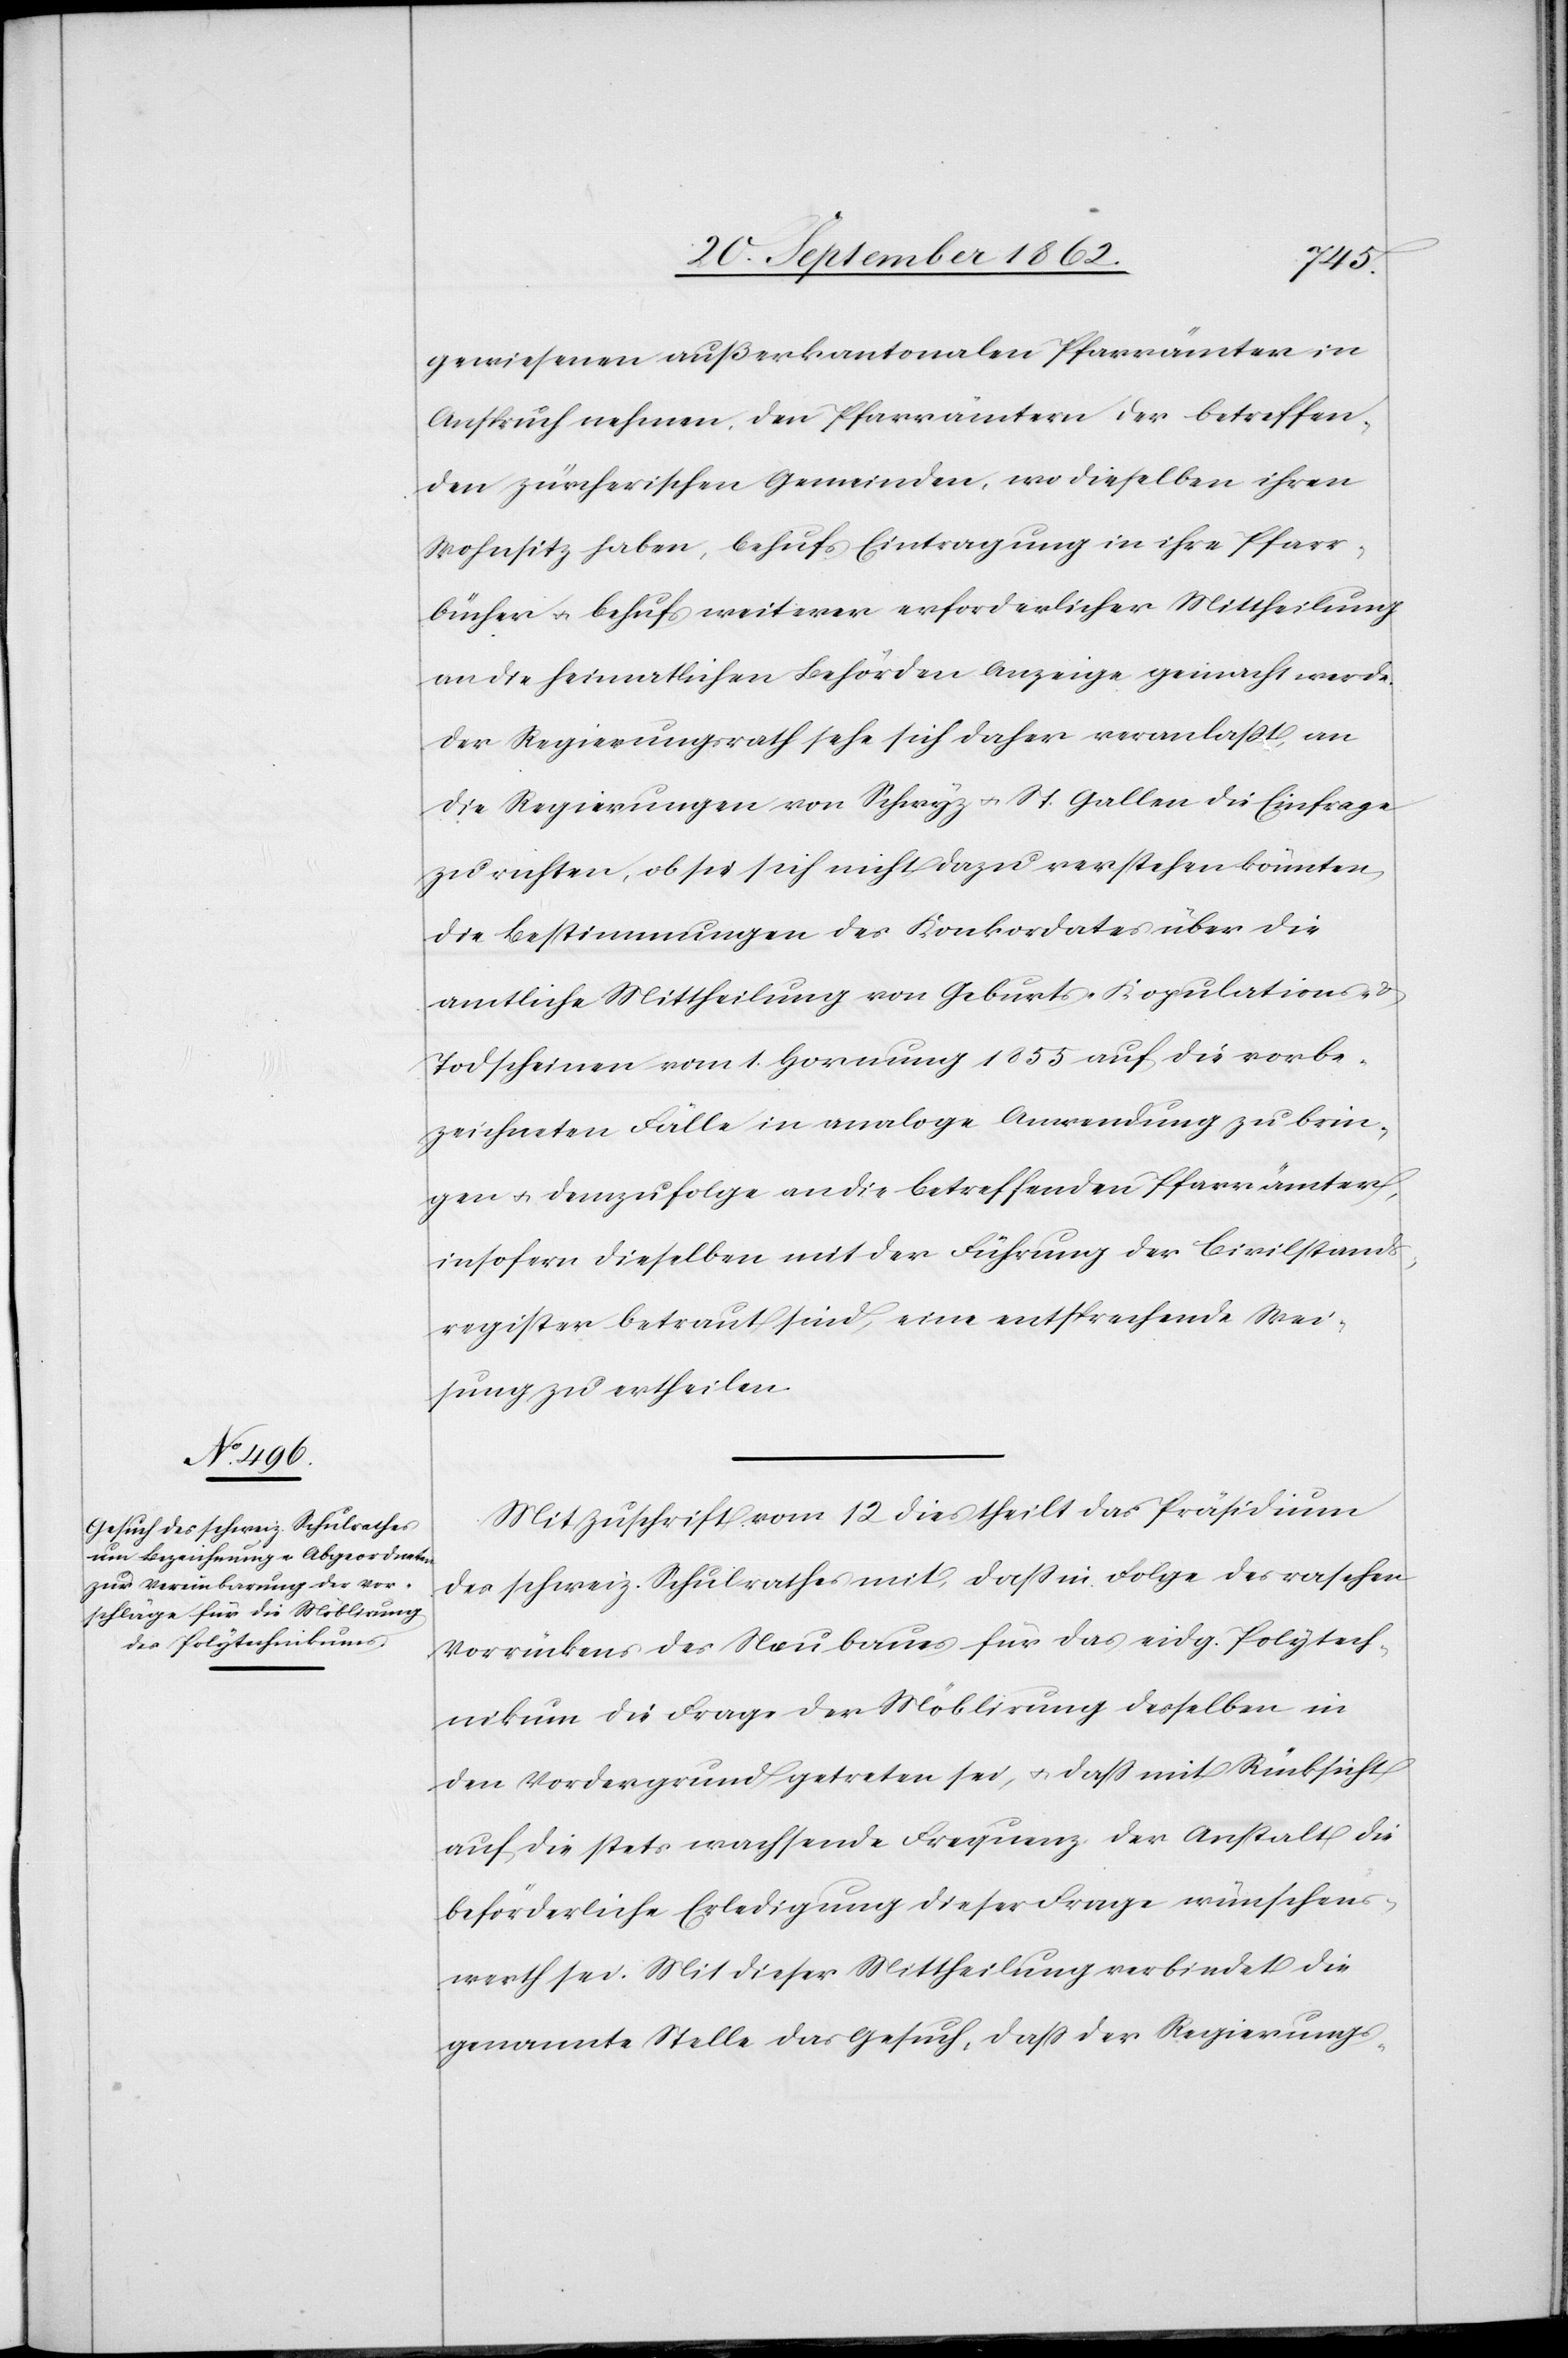
gewiesenen außerkantonalen Pfarrämter in
Anspruch nehmen, den Pfarrämtern der betreffen¬
den zürcherischen Gemeinden, wo dieselben ihren
Wohnsitz haben, behufs Eintragung in ihre Pfarr¬
bücher u. behufs weiterer erforderlicher Mittheilung
an die heimatlichen Behörden Anzeige gemacht werde.
Der Regierungsrath sehe sich daher veranlaßt, an
die Regierungen von Schwyz u. St. Gallen die Einfrage
zu richten, ob sie sich nicht dazu verstehen könnten,
die Bestimmungen des Konkordates über die
amtliche Mittheilung von Geburts-[,] Kopulations- u.
Todscheinen vom 1. Hornung 1855 auf die vorbe¬
zeichneten Fälle in analoge Anwendung zu brin¬
gen u. demzufolge an die betreffenden Pfarrämter,
insofern dieselben mit der Führung der Civilstands¬
register betraut sind, eine entsprechende Wei¬
sung zu ertheilen.
Mit Zuschrift vom 12. dies theilt das Präsidium
des schweiz. Schulrathes mit, daß in Folge des raschen
Vorrückens des Neubaues für das eidg. Polytech¬
nikum die Frage der Möblirung desselben in
den Vordergrund getreten sei, u. daß mir Rücksicht
auf die stets wachsende Frequenz der Anstalt die
beförderliche Erledigung dieser Frage wünschens¬
werth sei. Mit dieser Mittheilung verbindet die
genannte Stelle das Gesuch, daß der Regierungs-